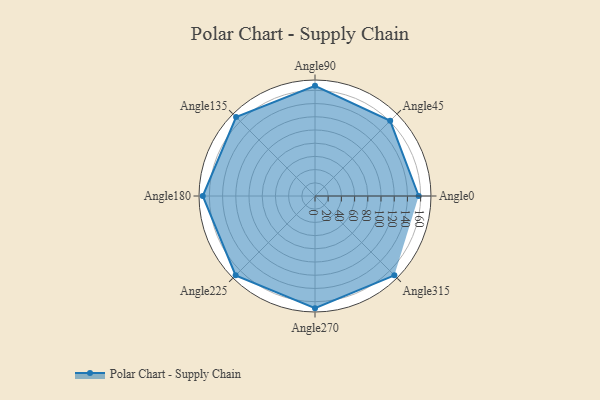
{"axis": {"x": "Angle", "y": "Radius"}, "legend": [""], "data": [{"x": "Angle0", "y": 157.0, "type": ""}, {"x": "Angle45", "y": 161.0, "type": ""}, {"x": "Angle90", "y": 167.0, "type": ""}, {"x": "Angle135", "y": 169.0, "type": ""}, {"x": "Angle180", "y": 170, "type": ""}, {"x": "Angle225", "y": 170, "type": ""}, {"x": "Angle270", "y": 170.0, "type": ""}, {"x": "Angle315", "y": 170, "type": ""}]}